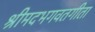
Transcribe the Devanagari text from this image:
श्रीमदभगवतगीता